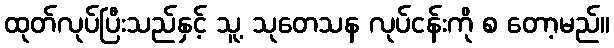
ထုတ်လုပ်ပြီးသည်နှင့် သူ့ သုတေသန လုပ်ငန်းကို စ တော့မည်။